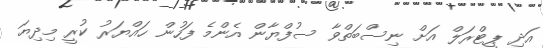
އަދި ޕީޓްރަލް އަށް ނިސްބަތްވާ ސުފްޔާން އެންމެ ފަހުން ހައްޔަރު ކުރީ މިދިޔަ